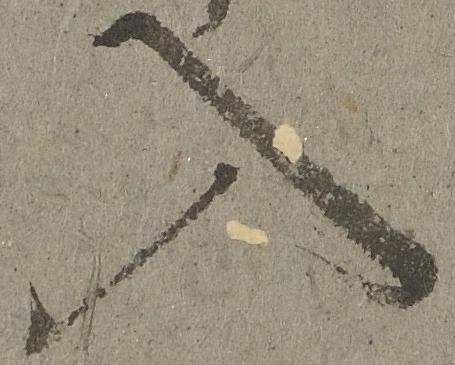
入